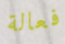
فعالة